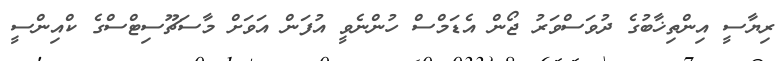
ރިޔާސީ އިންތިޚާބުގެ ދުވަސްވަރު ޖޯން އެޑަމްސް ހުންނެވީ އުފަން އަވަށް މާސަޗޫސިޓްސްގެ ކްއިންސީ